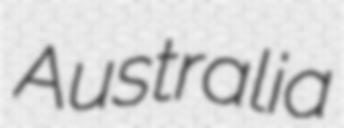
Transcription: Australia